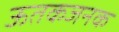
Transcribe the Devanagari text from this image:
ऊतकजनक